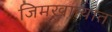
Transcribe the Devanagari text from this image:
जिमखान्यात